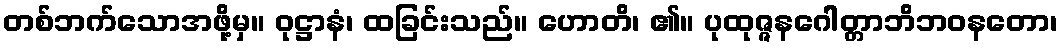
တစ်ဘက်သောအဖို့မှ။ ဝုဋ္ဌာနံ၊ ထခြင်းသည်။ ဟောတိ၊ ၏။ ပုထုဇ္ဇနဂေါတ္တာဘိဘဝနတော၊